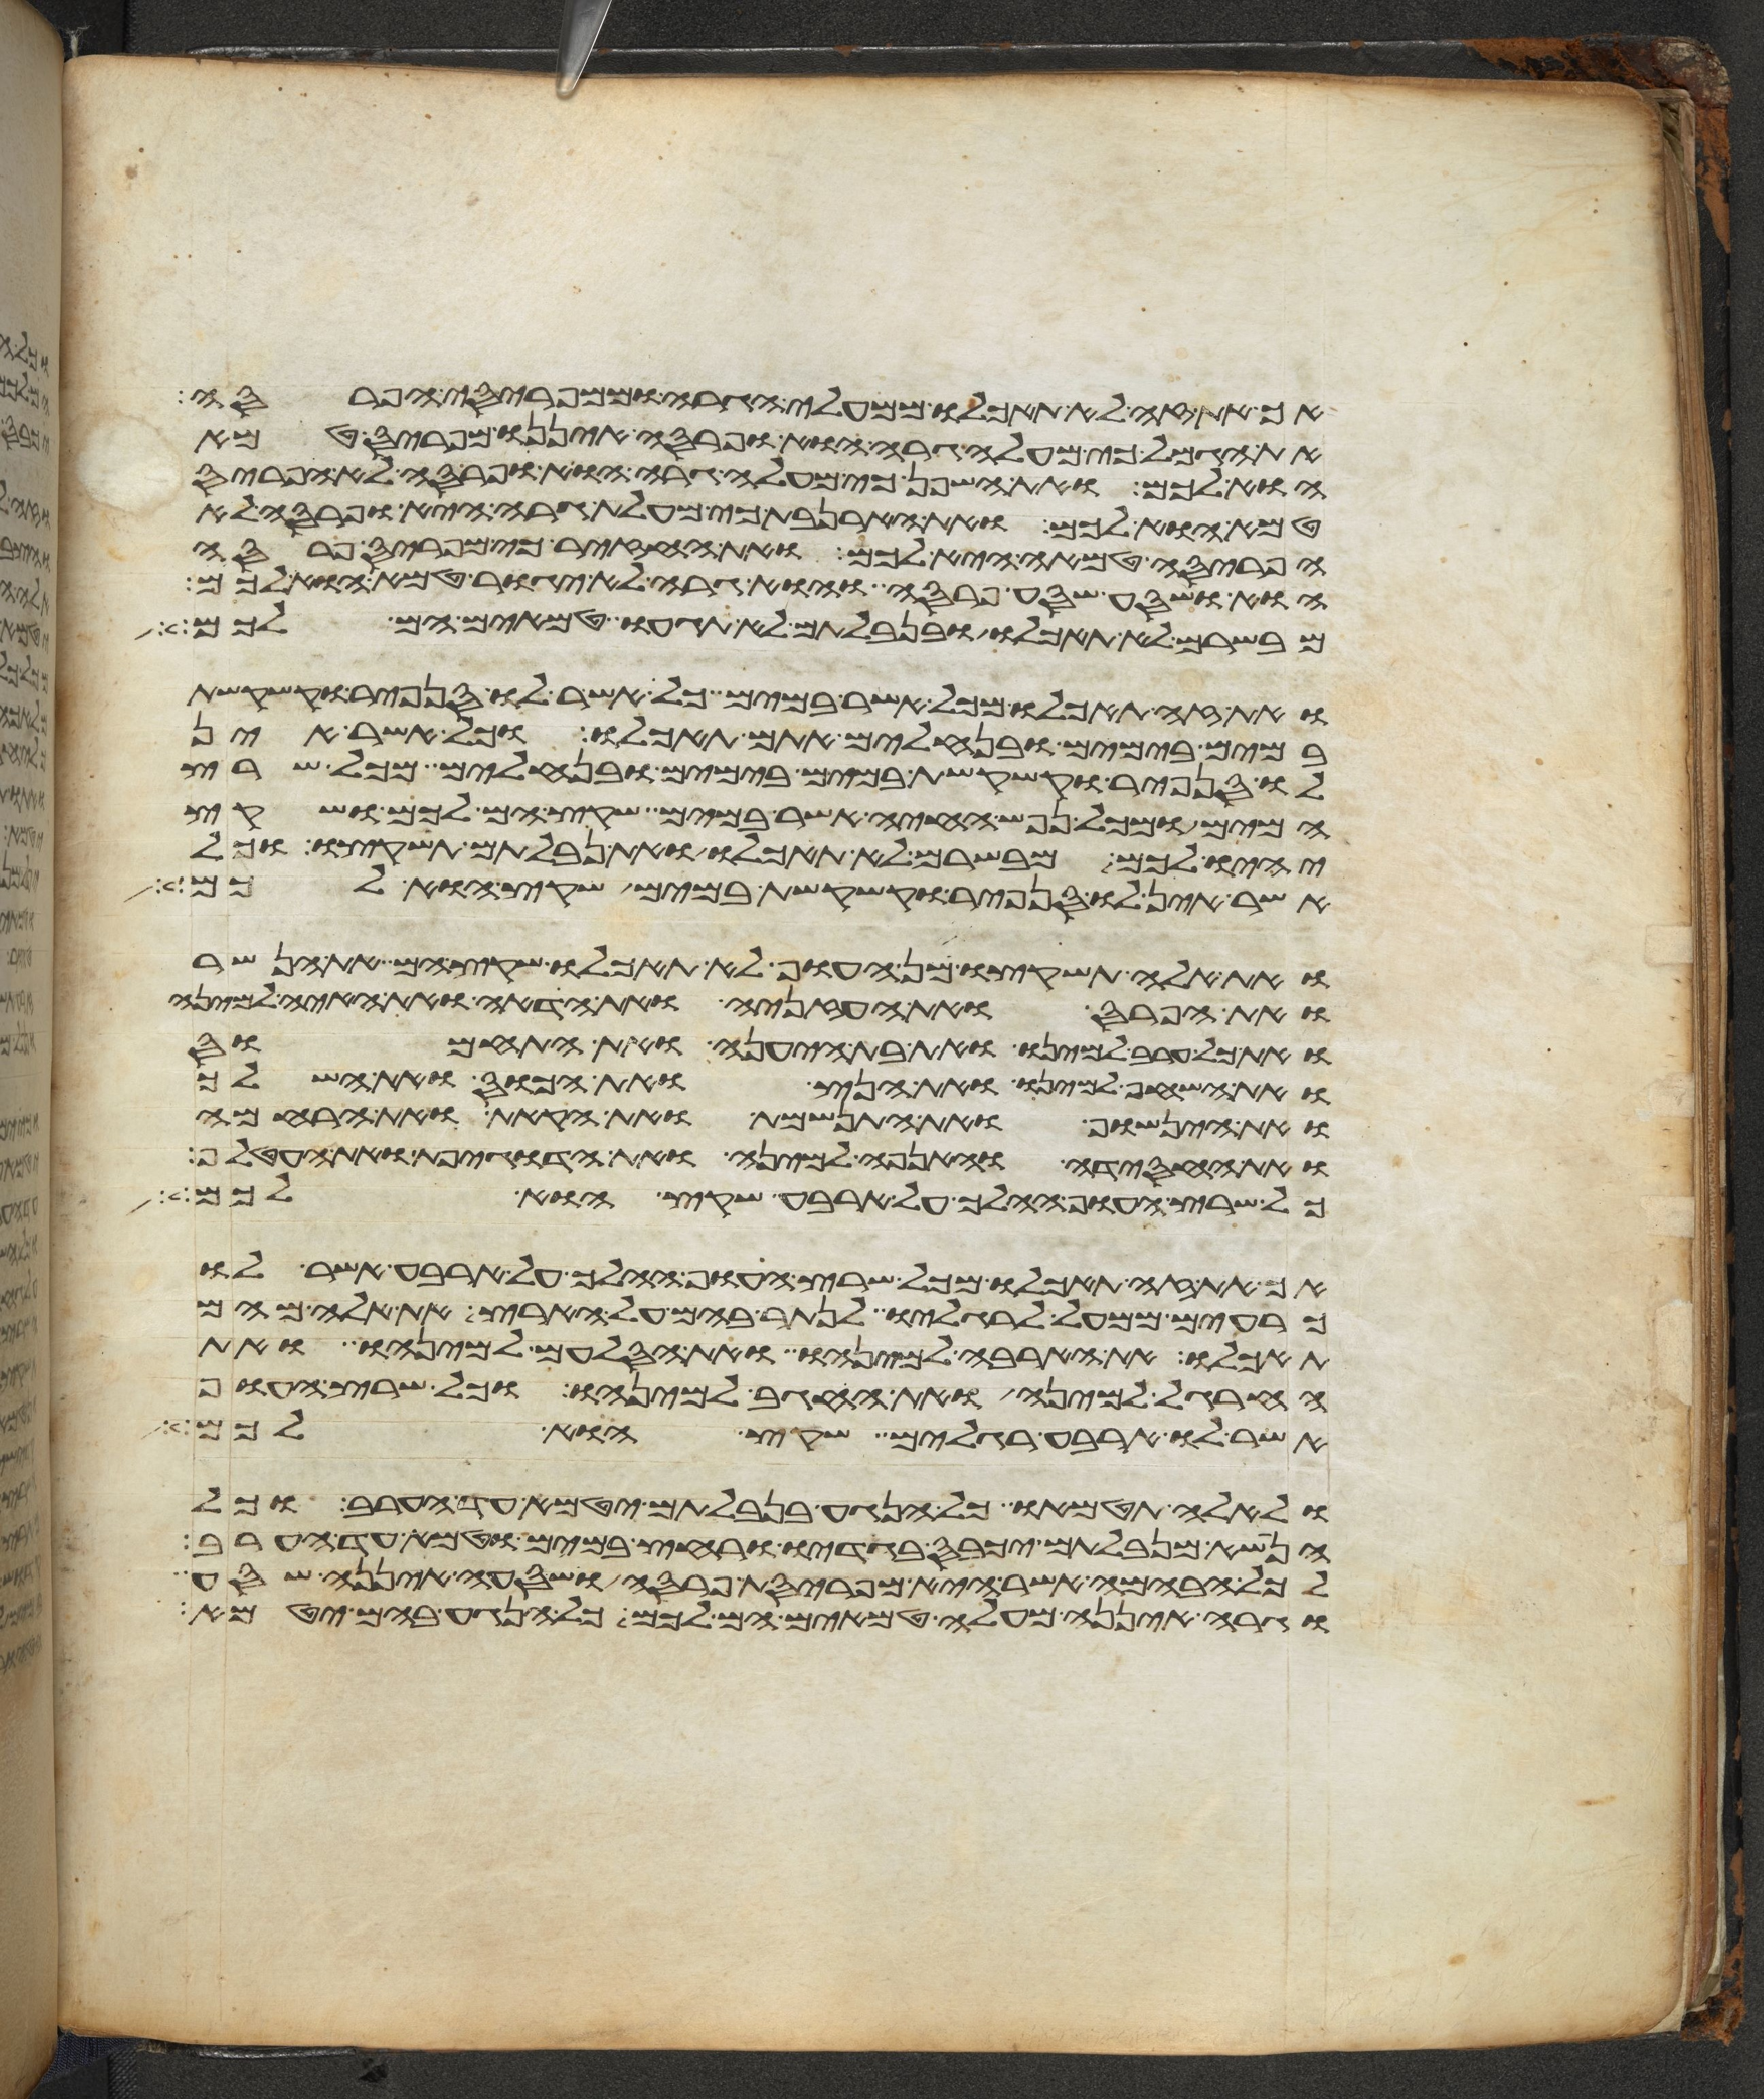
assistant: אך את זה לא תאכלו ממעלי הגרה וממפריסי הפרסה
את הגמל כי מעלי גרה הוא ופרסה איננו מפריס טמא
הוא לכם ואת השפן כי מעלי גרה הוא ופרסה לא הפריס
טמא הוא לכם ואת הארנבת כי מעלת גרה היא ופרסה לא
הפריסה טמאה היא לכם ואת החזיר כי מפריס פרסה
הוא ושסע שסע פרסה והוא גרה לא יגור טמא הוא לכם
מבשרם לא תאכלו ובנבלתם לא תגעו טמאים הם לכם
ואת זה תאכלו מכל אשר במים כל אשר לו סנפיר וקשקשת
במים בימים ובנחלים אתם תאכלו וכל אשר אין
לו סנפיר וקשקשת במים בימים ובנחלים מכל שרץ
המים ומכל נפש החיה אשר במים שקץ הם לכם ושקץ
יהיו לכם מבשרם לא תאכלו ואת נבלתם תשקצו וכל
אשר אין לו סנפיר וקשקשת במים שקץ הוא לכם
ואת אלה תשקצו מן העוף לא תאכלו שקץ הם את הנשר
ואת הפרס ואת העזניה ואת הדאה ואת האיה למינה
ואת כל ערב למינו ואת בת היענה ואת התחמוס
ואת השחף למינו ואת הנץ ואת הכוס ואת השלך
ואת הינשוף ואת התנשמת ואת הקאת ואת הרחמה
ואת החסידה והאנפה למינה ואת הדגיפת ואת העטלף
כל שרץ העוף ההלך על ארבע שקץ הוא לכם
אך את זה תאכלו מכל שרץ העוף ההלך על ארבע אשר לו
כרעים ממעל לרגליו לנתר בהם על הארץ את אלה מהם
תאכלו את הארבה למינהו ואת הסלעם למינהו ואת
החרגל למינה ואת החגב למינהו וכל שרץ העוף
אשר לו ארבע רגלים שקץ הוא לכם
ולאלה תטמאו כל הנגע בנבלתם יטמא עד הערב וכל
הנשא מנבלתם יכבס בגדיו ורחץ במים וטמא עד הערב
לכל הבהמה אשר היא מפריסת פרסה ושסעה איננה שסע
וגרה איננה מעלה טמאים הם לכם כל הנגע בהם יטמא